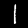
Digit: 1